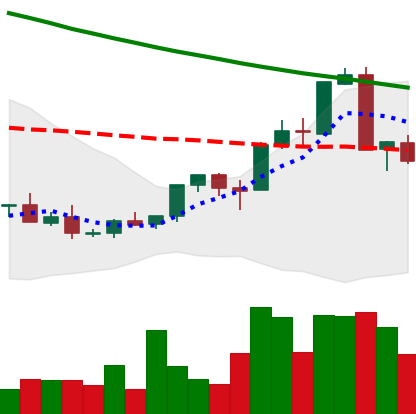
Ticker: XMR-USD
Chart end date: 2018-09-07
Forward return: -6.755%
Label: down_5_7